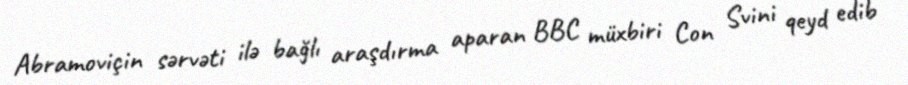
Abramoviçin sərvəti ilə bağlı araşdırma aparan BBC müxbiri Con Svini qeyd edib